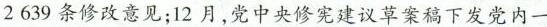
2639条修改意见；12月，党中央修宪建议草案稿下发党内一